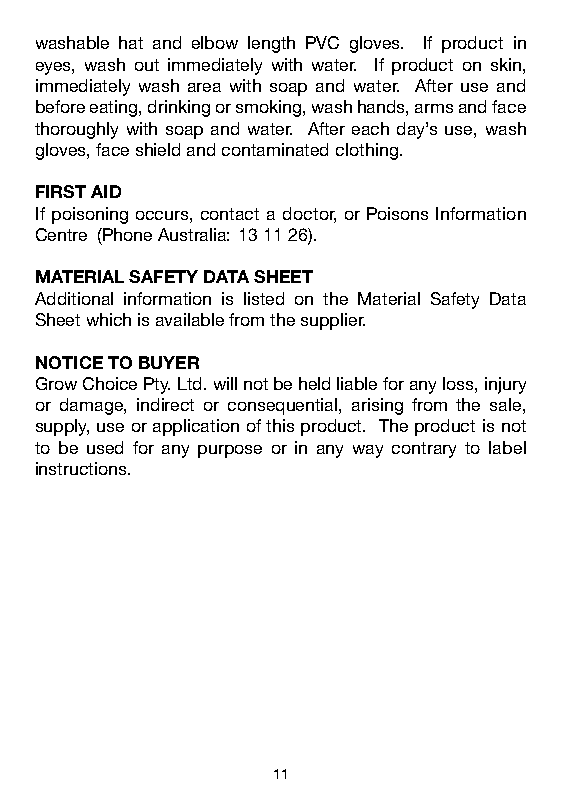
washable hat and elbow length PVC gloves. If product in
 eyes, wash out immediately with water. If product on skin,
 immediately wash area with soap and water. After use and
 before eating, drinking or smoking, wash hands, arms and face
 thoroughly with soap and water. After each day’s use, wash
 gloves, face shield and contaminated clothing.
 FIRST AID
 If poisoning occurs, contact a doctor, or Poisons Information
 Centre (Phone Australia: 13 11 26).
 MATERIAL SAFETY DATA SHEET
 Additional information is listed on the Material Safety Data
 Sheet which is available from the supplier.
 NOTICE TO BUYER
 Grow Choice Pty. Ltd. will not be held liable for any loss, injury
 or damage, indirect or consequential, arising from the sale,
 supply, use or application of this product. The product is not
 to be used for any purpose or in any way contrary to label
 instructions.
 11